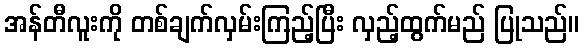
အန်တီလူးကို တစ်ချက်လှမ်းကြည့်ပြီး လှည့်ထွက်မည် ပြုသည်။